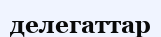
делегаттар